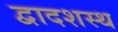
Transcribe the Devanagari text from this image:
द्वादशस्थ